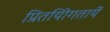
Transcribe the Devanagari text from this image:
प्रितयोिगतायें